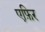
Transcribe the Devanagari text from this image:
एफ़िर